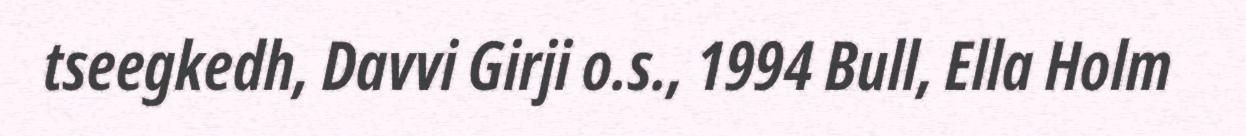
tseegkedh, Davvi Girji o.s., 1994 Bull, Ella Holm